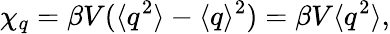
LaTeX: \chi_{q}=\beta V(\langle q^{2}\rangle-\langle q\rangle^{2})=\beta V\langle q^{2}\rangle,